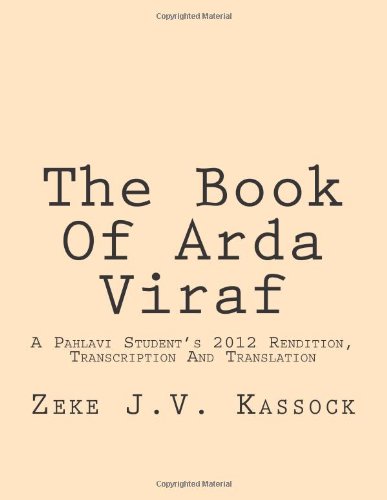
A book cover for The Book Of Arda Viraf: A Pahlavi Student's 2012 Rendition, Transcription And Translation; Zeke J. V. Kassock; Religion & Spirituality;